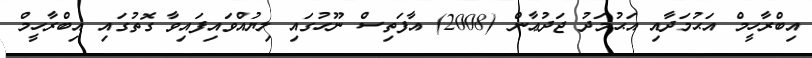
އިބްރާހީމް އަޙުމަދާއި އަޙުމަދު ޖަދުޢާން (2008) އާފަތިސް ނޫހުގައި ލިޔުއްވައިފައިވާ ގޮތުގައި އިބްރާހީމް